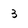
Character: 3